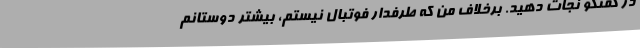
در گفتگو نجات دهید. برخلاف من که طرفدار فوتبال نیستم، بیشتر دوستانم